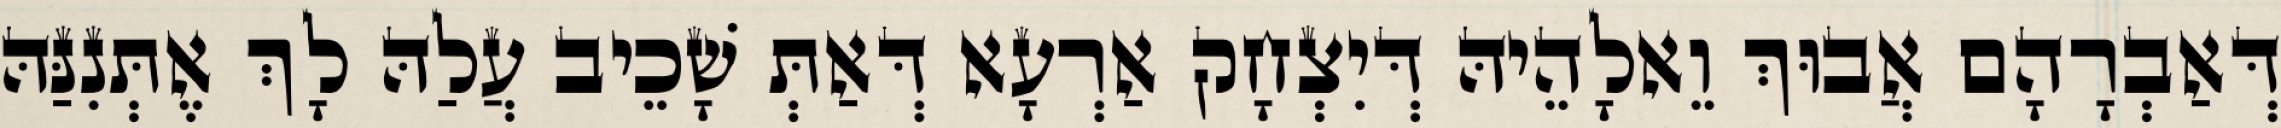
דְּאַבְרָהָם אֲבוּךְ וֵאלָהֵיהּ דְּיִצְחָק אַרְעָא דְּאַתְּ שָׁכֵיב עֲלַהּ לָךְ אֶתְּנִנַּהּ